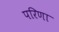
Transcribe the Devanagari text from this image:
परिणा